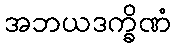
အဘယဒက္ခိဏံ